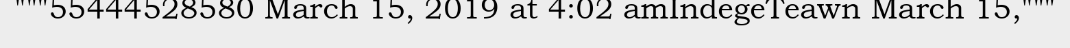
"""55444528580 March 15, 2019 at 4:02 amIndegeTeawn March 15,"""